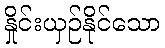
နှိုင်းယှဉ်နိုင်သော